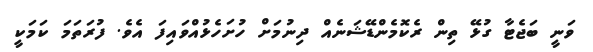
ވަނީ ބަޖެޓާ ގުޅޭ ތިން ރެކޮމެންޑޭޝަނެއް ދިނުމަށް ހުށަހެޅުއްވައިފަ އެވެ. ފުރަތަމަ ކަމަކީ